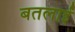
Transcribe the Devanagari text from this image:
बतलाईं